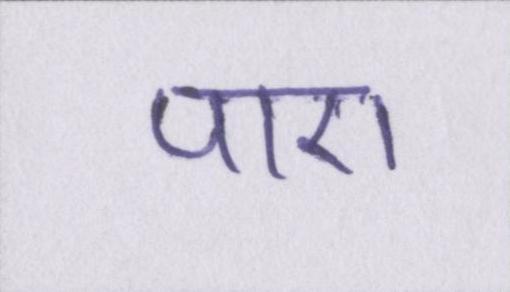
पाए